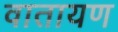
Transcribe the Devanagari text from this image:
वातायण